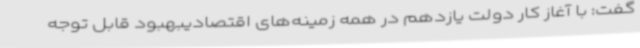
گفت: با آغاز کار دولت یازدهم در همه زمینه‌های اقتصادیبهبود قابل توجه